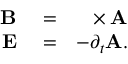
\begin{array} { r l r } { { \bf B } } & { { } = } & { { \bf \nabla } \times { \bf A } } \\ { { \bf E } } & { { } = } & { - \partial _ { t } { \bf A } . } \end{array}